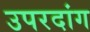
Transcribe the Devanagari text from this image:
उपरदांग